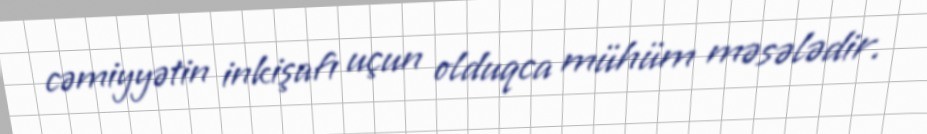
cəmiyyətin inkişafı uçun olduqca mühüm məsələdir.